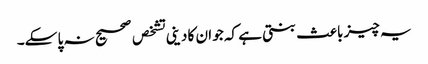
یہ چیز باعث بنتی ہے کہ جو ان کا دینی تشخص صحیح نہ پا سکے۔